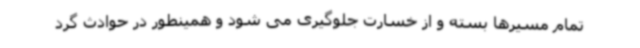
تمام مسیرها بسته و از خسارت جلوگیری می شود و همینطور در حوادث گرد